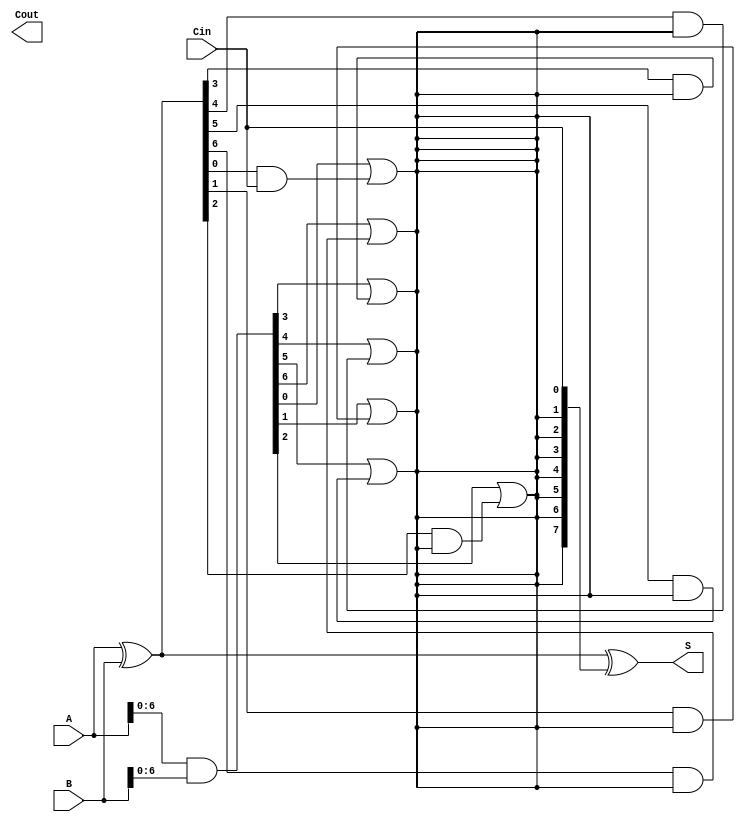
module KoggeStoneAdder #(
    parameter N = 8  // Width of the adder (number of bits)
)(
    input  [N-1:0] A,      // First input
    input  [N-1:0] B,      // Second input
    input         Cin,      // Carry input
    output [N-1:0] S,      // Sum output
    output        Cout      // Carry output
);

    // Propagate and Generate signals
    wire [N-1:0] P; // Propagate
    wire [N-1:0] G; // Generate
    wire [N:0] C;    // Carry signals

    // Generate P and G
    assign P = A ^ B;  // P[i] = A[i] XOR B[i]
    assign G = A & B;  // G[i] = A[i] AND B[i]

    // Carry computation
    assign C[0] = Cin; // Initial carry input

    genvar i, j, k;
    generate
        // KSA carry generation stages
        for (k = 0; k < $clog2(N); k = k + 1) begin : carry_gen
            for (i = 0; i < N; i = i + 1) begin : carry_stage
                if (i >= (1 << (k))) begin
                    assign C[i] = G[i - (1 << k)] | (P[i - (1 << k)] & C[i - (1 << k)]);
                end else begin
                    assign C[i] = C[i]; // Carry remains unchanged
                end
            end
        end
    endgenerate

    // Final carry out
    assign Cout = C[N]; // Final carry out

    // Sum calculation
    assign S = P ^ C[N-1:0]; // S[i] = P[i] XOR C[i]

endmodule